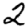
Digit: 2